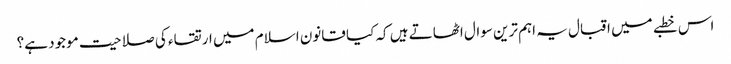
اس خطبے میں اقبال یہ اہم ترین سوال اٹھاتے ہیں کہ کیا قانون اسلام میں ارتقاء کی صلاحیت موجود ہے؟